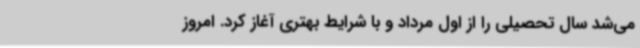
می‌شد سال تحصیلی را از اول مرداد و با شرایط بهتری آغاز کرد. امروز